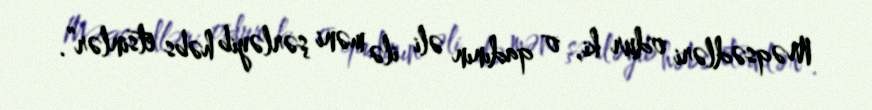
Məqsədləri odur ki, o qadının əli ilə məni şərləyib həbs etsinlər”.